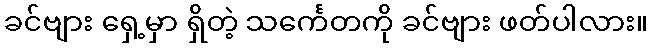
ခင်ဗျား ရှေ့မှာ ရှိတဲ့ သင်္ကေတကို ခင်ဗျား ဖတ်ပါလား။